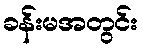
ခန်းမအတွင်း